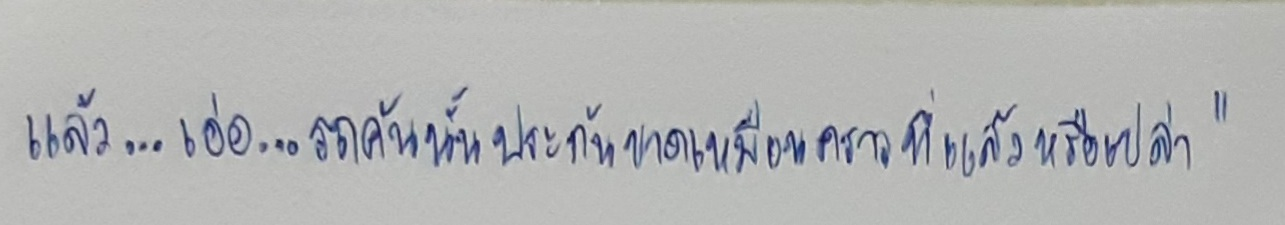
แล้ว...เอ่อ...รถคันนั้นประกันขาดเหมือนคราวที่แล้วหรือเปล่า"